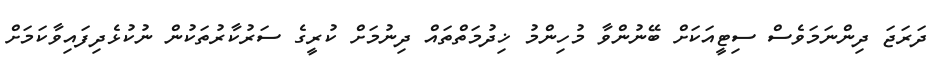
ދަރަޖަ ދިންނަމަވެސް ސިޓީއަކަށް ބޭނުންވާ މުހިންމު ޚިދުމަތްތައް ދިނުމަށް ކުރީގެ ސަރުކާރުތަކުން ނުކުޅެދިފައިވާކަމަށް